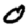
Digit: 0